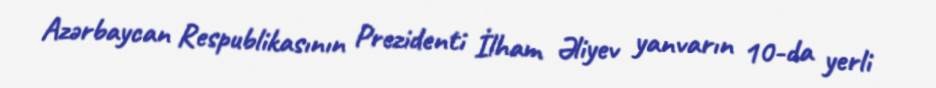
Azərbaycan Respublikasının Prezidenti İlham Əliyev yanvarın 10-da yerli